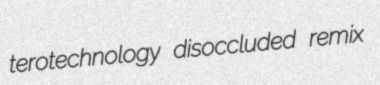
terotechnology disoccluded remix